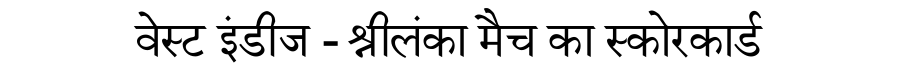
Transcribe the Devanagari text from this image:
वेस्ट इंडीज - श्रीलंका मैच का स्कोरकार्ड